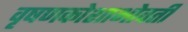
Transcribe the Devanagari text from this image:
वृषणकोशाभोवती